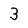
Character: 3